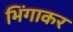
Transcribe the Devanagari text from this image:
भिंगाकर